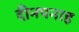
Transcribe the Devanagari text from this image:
दीनपनाह